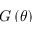
G \left( \theta \right)